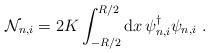
LaTeX: \begin{align*}{\cal N}_{n,i} = 2 K \int_{-R/2}^{R/2} {\rm d}x\, \psi_{n,i}^{\dagger} \psi_{n,i}\ .\end{align*}